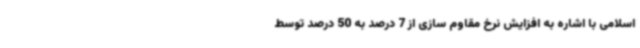
اسلامی با اشاره به افزایش نرخ مقاوم سازی از 7 درصد به 50 درصد توسط